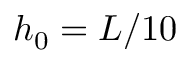
h _ { 0 } = L / 1 0